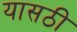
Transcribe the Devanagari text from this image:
यासठी